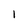
Character: 1